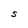
Character: S